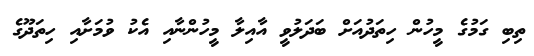
ތިބި ގަމުގެ މީހުން ހިތަދުއަށް ބަދަލުވީ އާއިލާ މީހުންނާއި އެކު ވުމަށާއި ހިތަދޫގެ